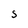
Character: S